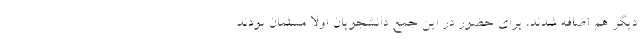
دیگر هم اضافه شدند، برای حضور در این جمع دانشجویان اولا مسلمان بودند